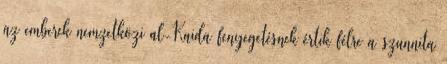
az emberek nemzetközi al-Kaida fenyegetésnek értik félre a szunnita